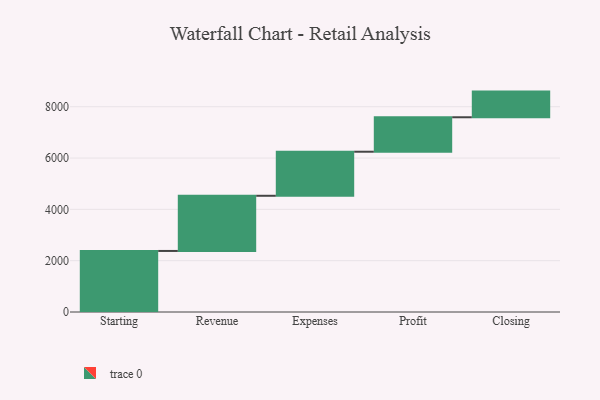
{"axis": {"x": "Step", "y": "Value"}, "legend": [""], "data": [{"x": "Starting", "y": 2379.0, "type": ""}, {"x": "Revenue", "y": 2150.0, "type": ""}, {"x": "Expenses", "y": 1717.0, "type": ""}, {"x": "Profit", "y": 1343.0, "type": ""}, {"x": "Closing", "y": 1000, "type": ""}]}